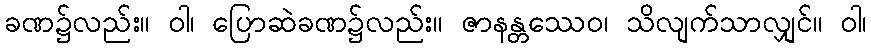
ခဏ၌လည်း။ ဝါ၊ ပြောဆဲခဏ၌လည်း။ ဇာနန္တဿေဝ၊ သိလျက်သာလျှင်။ ဝါ၊